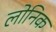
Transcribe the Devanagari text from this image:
लोनिक